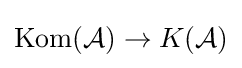
\operatorname {Kom} ({\mathcal {A}})\to K({\mathcal {A}})